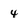
Character: 4